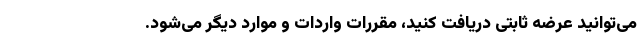
می‌توانید عرضه ثابتی دریافت کنید، مقررات واردات و موارد دیگر می‌شود.